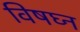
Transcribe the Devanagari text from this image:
विषघ्न